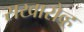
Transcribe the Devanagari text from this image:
सखारोव्ह